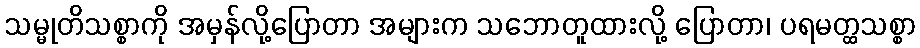
သမ္မုတိသစ္စာကို အမှန်လို့ပြောတာ အများက သဘောတူထားလို့ ပြောတာ၊ ပရမတ္ထသစ္စာ